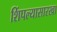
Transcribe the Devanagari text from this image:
शिंपल्यासारखा